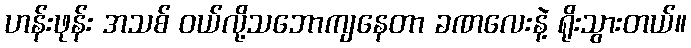
ဟန်းဖုန်း အသစ် ဝယ်လို့သဘောကျနေတာ ခဏလေးနဲ့ ရိုးသွားတယ်။